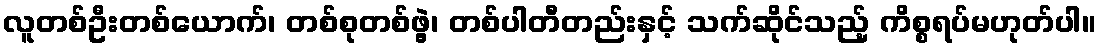
လူတစ်ဦးတစ်ယောက်၊ တစ်စုတစ်ဖွဲ့၊ တစ်ပါတီတည်းနှင့် သက်ဆိုင်သည့် ကိစ္စရပ်မဟုတ်ပါ။